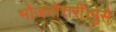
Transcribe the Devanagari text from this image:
भोजनोत्तरीं।पुसे